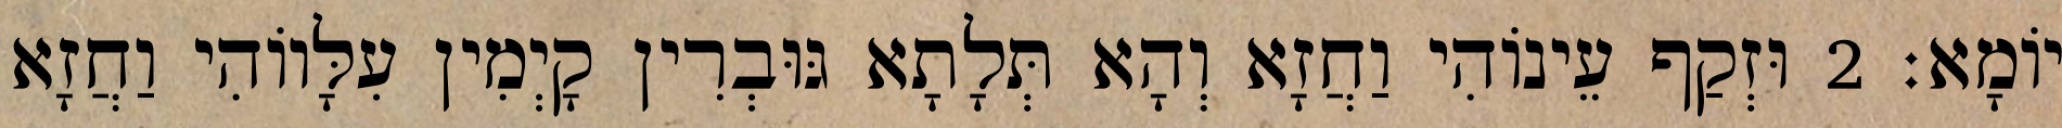
יוֹמָא׃ 2 וּזְקַף עֵינוֹהִי וַחֲזָא וְהָא תְּלָתָא גּוּבְרִין קָיְמִין עִלָּווֹהִי וַחֲזָא